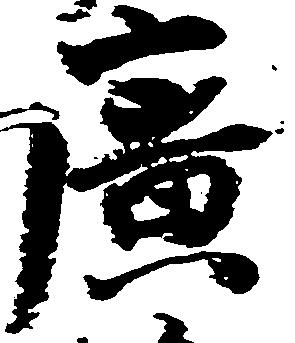
広